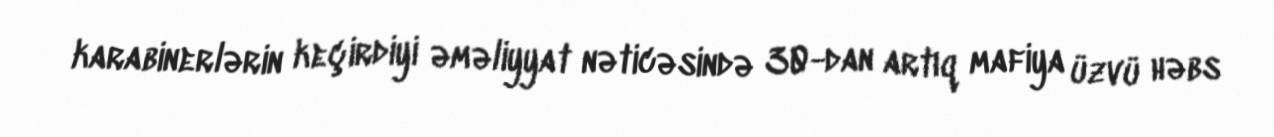
karabinerlərin keçirdiyi əməliyyat nəticəsində 30-dan artıq mafiya üzvü həbs